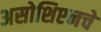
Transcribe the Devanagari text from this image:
असोशिएनचे